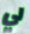
لي